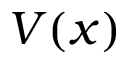
V ( x )